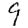
Digit: 9